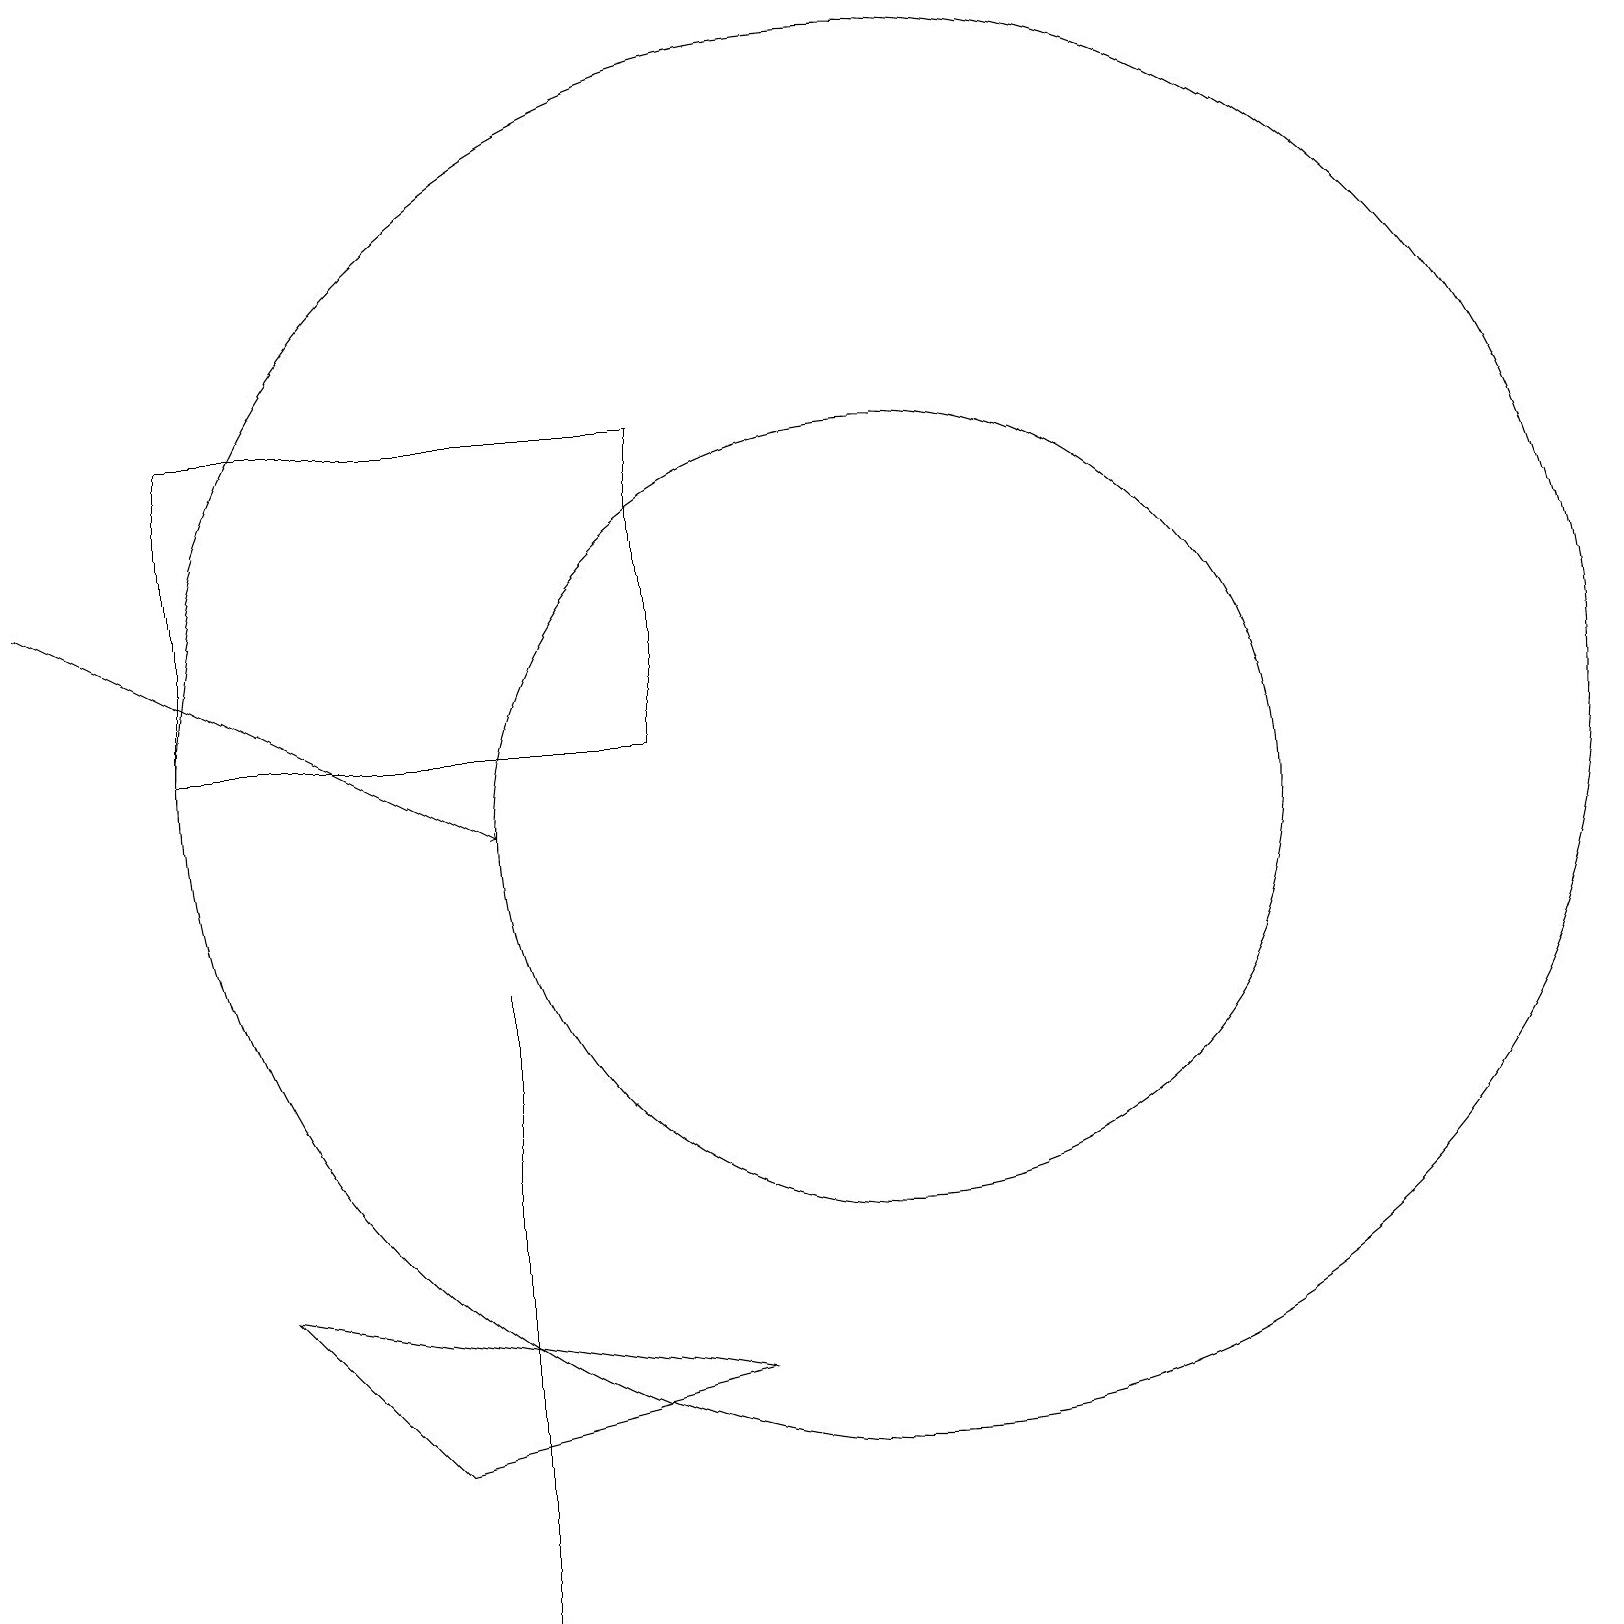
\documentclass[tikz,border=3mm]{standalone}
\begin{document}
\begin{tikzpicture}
\draw (5,2) -- (9,3) -- (3,4) -- cycle;
\draw (11,10) circle (5);
\draw[->] (0,13) -- (6,10);
\draw (11,11) circle (9);
\draw (6,0) -- (6,8) -- (6,3) -- cycle;
\draw (8,15) rectangle (2,11);
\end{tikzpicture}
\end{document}